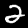
Label: 2